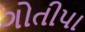
ગોતીપા